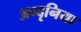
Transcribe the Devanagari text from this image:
अन्दृनिया